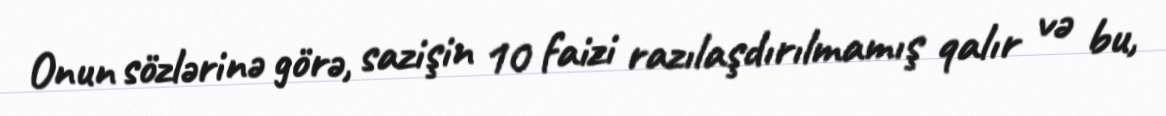
Onun sözlərinə görə, sazişin 10 faizi razılaşdırılmamış qalır və bu,